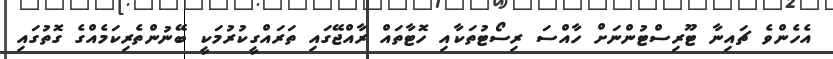
އެހެންވެ ޗައިނާ ޓޫރިސްޓުންނަށް ހާއްސަ ރިސޯޓުތަކާއި ހޮޓާތައް ރާއްޖޭގައި ތަރައްގީކުރުމަކީ ބޭނުންތެރިކަމެއްގެ ގޮތުގައި